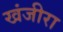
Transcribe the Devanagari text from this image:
खंजीरा